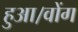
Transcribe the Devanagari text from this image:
हुआ।वोंग